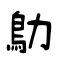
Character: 鳨